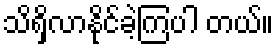
သိရှိလာနိုင်ခဲ့ကြပါ တယ်။